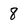
Character: 8